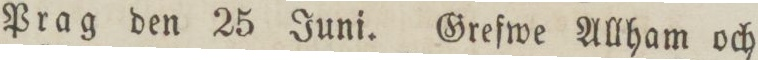
Prag den 25 Juni. Grefwe Allham och